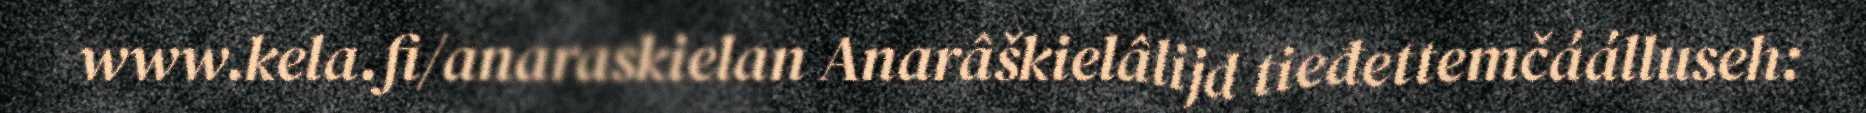
www.kela.fi/anaraskielan Anarâškielâlijd tieđettemčáálluseh: